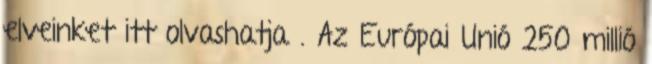
elveinket itt olvashatja . Az Európai Unió 250 millió